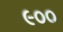
૯૦૦